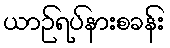
ယာဉ်ရပ်နားစခန်း